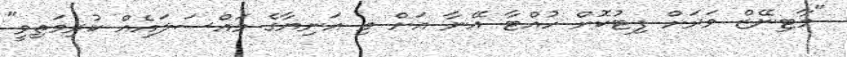
"މާޓިނޭޒް ވަރަށް ފިޓުކޮށް ހުއްޓާ އޭނާ އަށް މި އަނިޔާގެ މައްސަލައެއް ކުރިމަތިވީ"